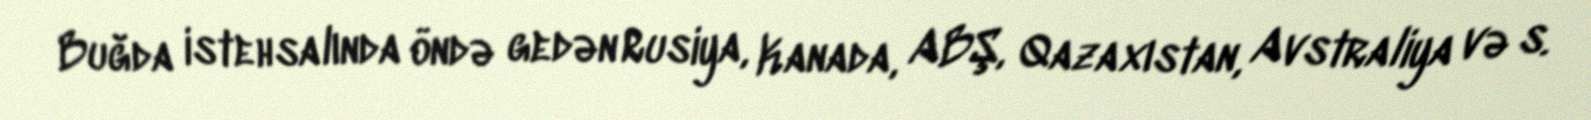
Buğda istehsalında öndə gedən Rusiya, Kanada, ABŞ, Qazaxıstan, Avstraliya və s.